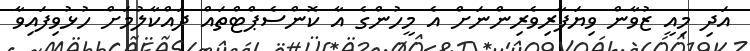
އަދި މިއީ ޒުވާން ވިޔަފާރިވެރިންނަށް އެ މީހުންގެ އާ ކޮންސެޕްޓްތައް ދައްކާލުމަށް ހުޅުވިފައިވާ